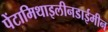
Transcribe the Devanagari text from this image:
पेंटामिथाइलीनडाईमीन